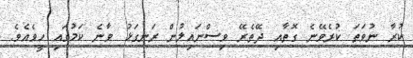
ކުރާ ނުވަތަ ކުރެވޭނެ ގޮތާއި ދޭތެރޭ ވިސްނައިލުން ރަނގަޅު ވާނެ ކަމުގައި ހީވެއެވެ.